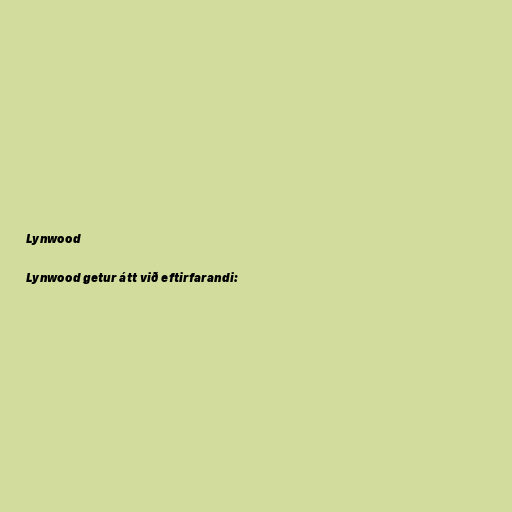
Lynwood

Lynwood getur átt við eftirfarandi: